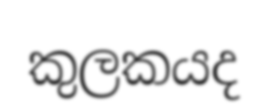
කුලකයද